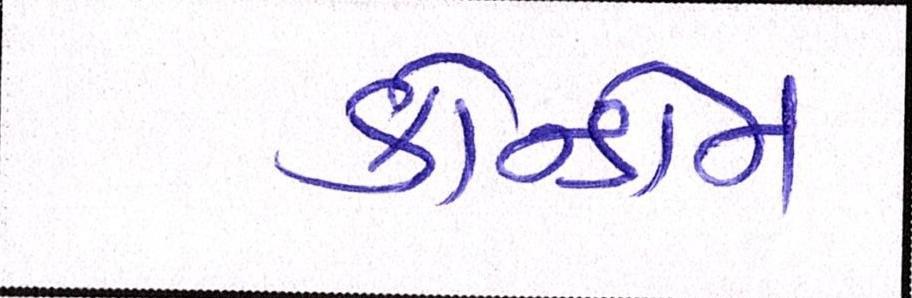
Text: કોન્ડોમ